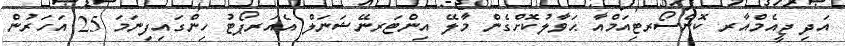
އަދި ޖީއެމްއާރ ކޮންސޯރޓިއަމްއާ ޙަވާލުކޮށްގެން މާލޭ އިންޓަރނޭޝަނަލް އެއަރޕޯޓު ހިންގައިފިނަމަ 25 އަހަރުން